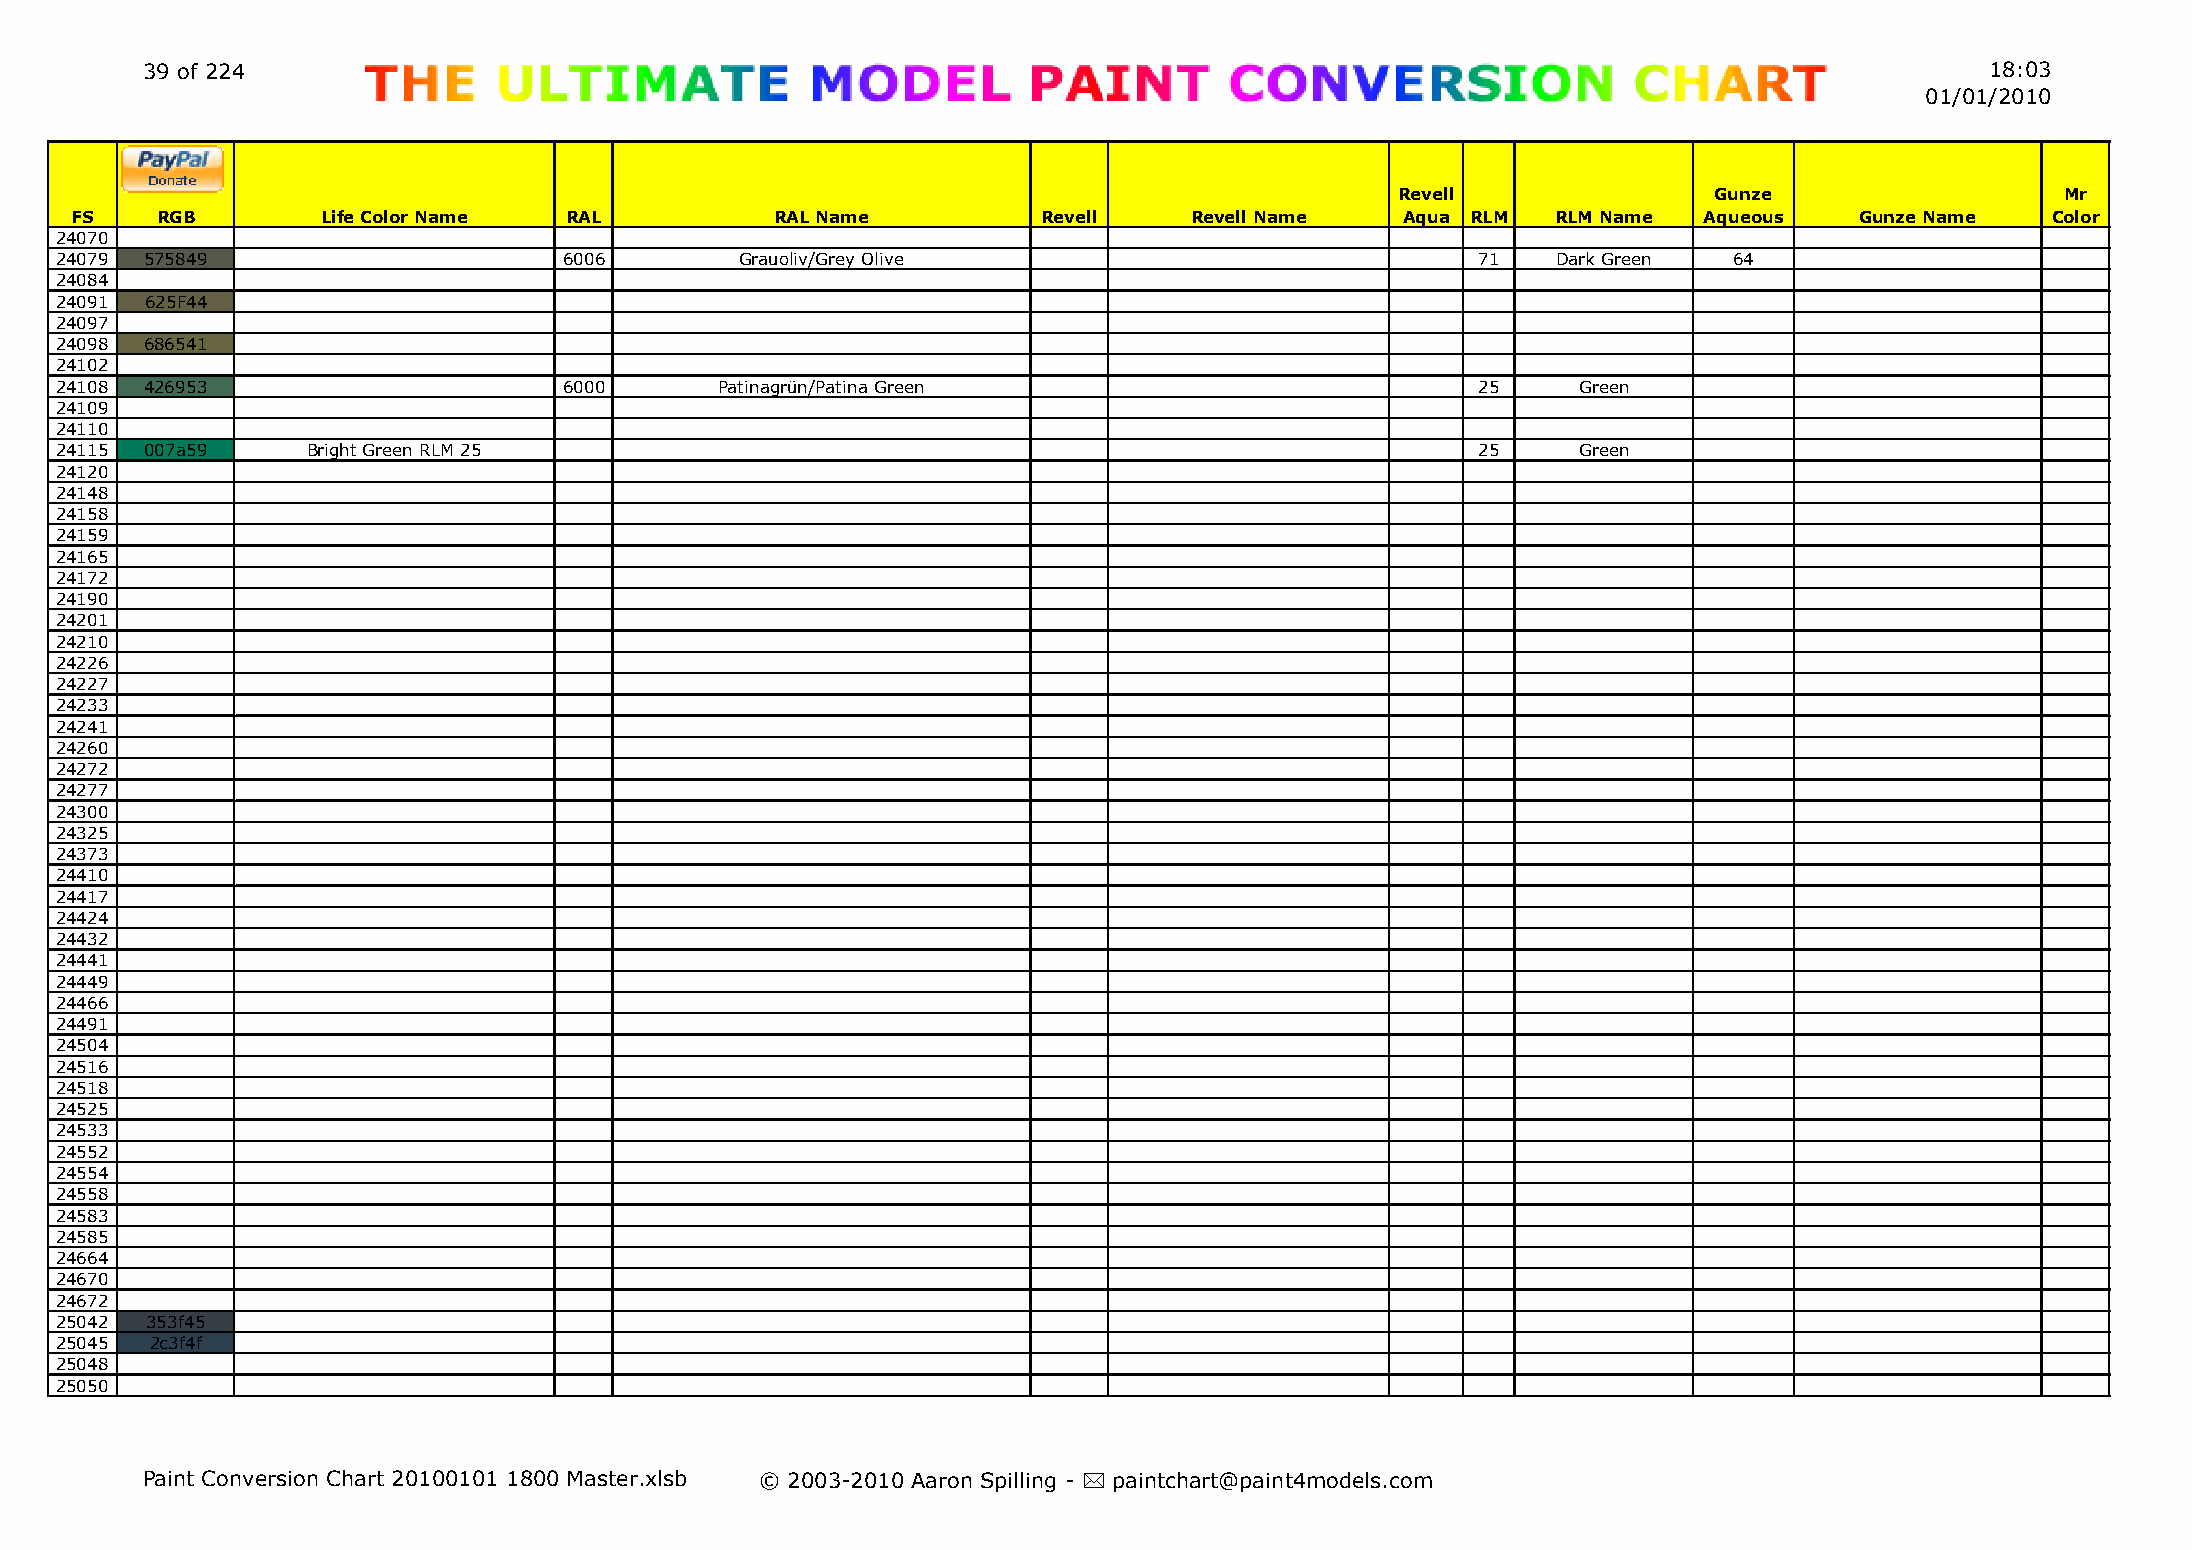
39 of 224                                                                                                                  18:03
 01/01/2010
 Revell              Gunze                   Mr
 FS   RGB        Life Color Name RAL           RAL Name          Revell    Revell Name   Aqua RLM  RLM Name  Aqueous   Gunze Name   Color
 24070
 24079 575849                     6006        Grauoliv/Grey Olive                              71   Dark Green  64
 24084
 24091 625F44
 24097
 24098 686541
 24102
 24108 426953                     6000       Patinagrün/Patina Green                           25     Green
 24109
 24110
 24115 007a59    Bright Green RLM 25                                                           25     Green
 24120
 24148
 24158
 24159
 24165
 24172
 24190
 24201
 24210
 24226
 24227
 24233
 24241
 24260
 24272
 24277
 24300
 24325
 24373
 24410
 24417
 24424
 24432
 24441
 24449
 24466
 24491
 24504
 24516
 24518
 24525
 24533
 24552
 24554
 24558
 24583
 24585
 24664
 24670
 24672
 25042 353f45
 25045 2c3f4f
 25048
 25050
 Paint Conversion Chart 20100101 1800 Master.xlsb © 2003-2010 Aaron Spilling - * paintchart@paint4models.com